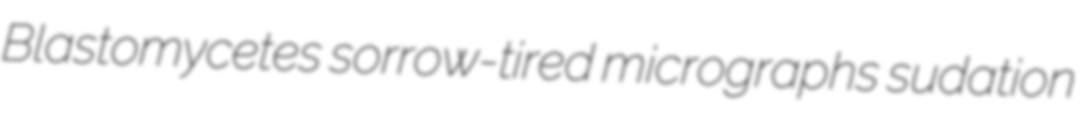
Blastomycetes sorrow-tired micrographs sudation